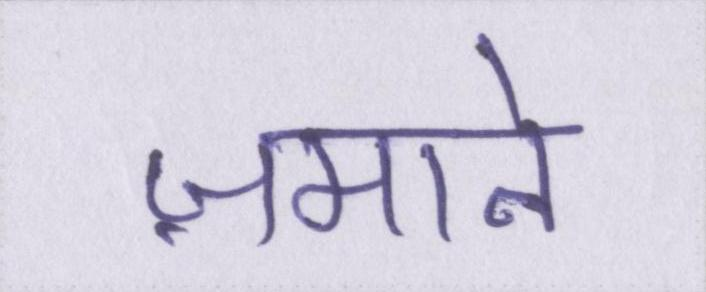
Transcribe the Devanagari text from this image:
ज़माने